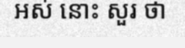
អស់ នោះ សួរ ថា